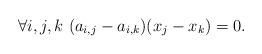
LaTeX: \begin{align*}\forall i,j,k\ (a_{i,j}-a_{i,k})(x_j-x_k)= 0.\end{align*}